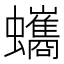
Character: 蠵